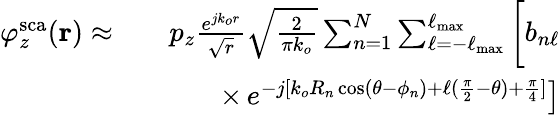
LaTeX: \begin{array}{rlr}{\varphi_{z}^{\mathrm{sca}}(\mathbf{r})\approx}&{}&{p_{z}\frac{e^{jk_{o}r}}{\sqrt{r}}\sqrt{\frac{2}{\pi k_{o}}}\sum_{n=1}^{N}\sum_{\ell=-\ell_{\mathrm{max}}}^{\ell_{\mathrm{max}}}\bigg[b_{n\ell}}\\ &{}&{\times\left.e^{-j[k_{o}R_{n}\cos(\theta-\phi_{n})+\ell(\frac{\pi}{2}-\theta)+\frac{\pi}{4}]}\right]}\end{array}